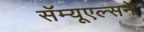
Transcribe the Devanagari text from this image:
सॅम्यूएल्सने